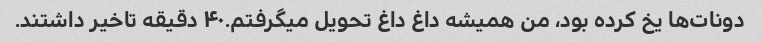
دونات‌ها یخ کرده بود، من همیشه داغ داغ تحویل میگرفتم.۴۰ دقیقه تاخیر داشتند.